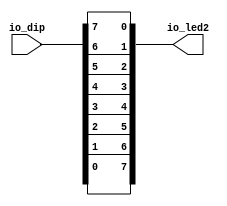
/*
   This file was generated automatically by the Mojo IDE version B1.3.4.
   Do not edit this file directly. Instead edit the original Lucid source.
   This is a temporary file and any changes made to it will be destroyed.
*/

module reverse_16 (
    input [23:0] io_dip,
    output reg [7:0] io_led2
  );
  
  
  
  always @* begin
    io_led2[0+0-:1] = io_dip[0+7+0-:1];
    io_led2[1+0-:1] = io_dip[0+6+0-:1];
    io_led2[2+0-:1] = io_dip[0+5+0-:1];
    io_led2[3+0-:1] = io_dip[0+4+0-:1];
    io_led2[4+0-:1] = io_dip[0+3+0-:1];
    io_led2[5+0-:1] = io_dip[0+2+0-:1];
    io_led2[6+0-:1] = io_dip[0+1+0-:1];
    io_led2[7+0-:1] = io_dip[0+0+0-:1];
  end
endmodule